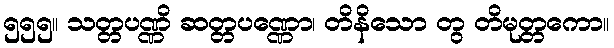
၅၅၅။ သတ္တပဏ္ဏိ ဆတ္တပဏ္ဏော၊ တိနိသော တွ တိမုတ္တကော။